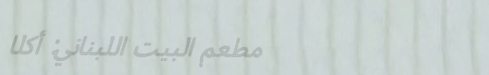
مطعم البيت اللبناني: أكلا